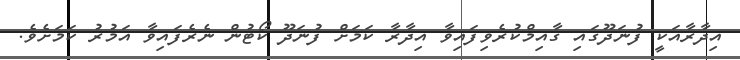
އިދާރާއަކީ ފުނަދޫގައި ގާއިމްކުރެވިފައިވާ އިދާރާ ކަމަށް ފުނަދޫ ކޯޓުން ނެރެފައިވާ އަމުރު ކަމަށެވެ.